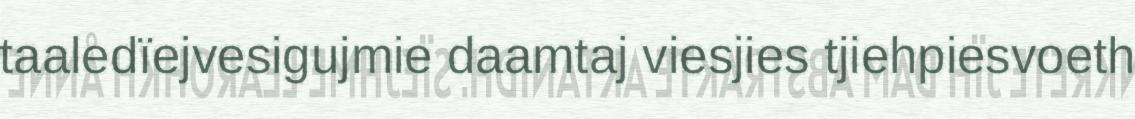
taaledïejvesigujmie daamtaj viesjies tjiehpiesvoeth